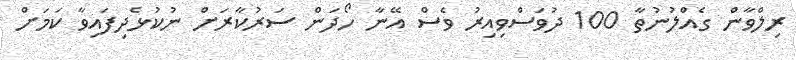
ރިލްވާން ގެއްލުނުތާ 100 ދުވަސްވިއިރު ވެސް އޭނާ ހޯދަން ސަރުކާރަށް ނުކުޅެދިފައިވާ ކަމަށް